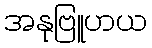
အနုဗြူဟယ